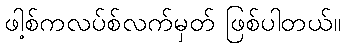
ဖါ့စ်ကလပ်စ်လက်မှတ် ဖြစ်ပါတယ်။